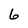
Character: 6